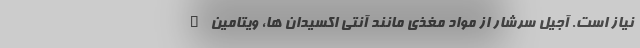
نیاز است. آجیل سرشار از مواد مغذی مانند آنتی اکسیدان ها، ویتامین E